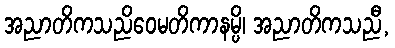
အညာတိကသညိဝေမတိကာနမ္ပိ၊ အညာတိကသညီ,